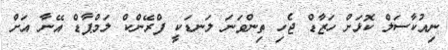
ނިއުކާސަލް ކޮޅަށް ހަޒާޑް ޖެހި ތިންވަނަ ލަނޑަކީ ފްރޭންކް ލަމްޕާޑް އޭނާ އަށް